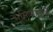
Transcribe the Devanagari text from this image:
भूमिकाद्वारे